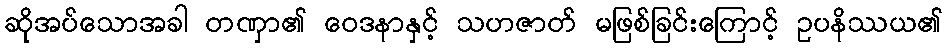
ဆိုအပ်သောအခါ တဏှာ၏ ဝေဒနာနှင့် သဟဇာတ် မဖြစ်ခြင်းကြောင့် ဥပနိဿယ၏